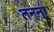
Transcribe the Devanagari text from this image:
तनना